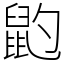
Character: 䶂